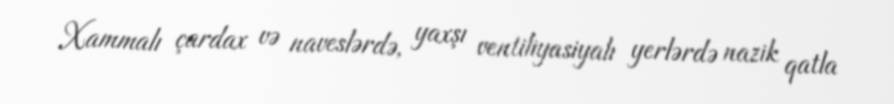
Xammalı çardax və naveslərdə, yaxşı ventiliyasiyalı yerlərdə nazik qatla